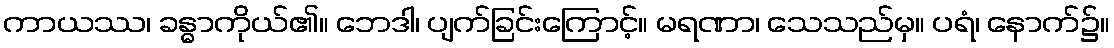
ကာယဿ၊ ခန္ဓာကိုယ်၏။ ဘေဒါ၊ ပျက်ခြင်းကြောင့်။ မရဏာ၊ သေသည်မှ။ ပရံ၊ နောက်၌။